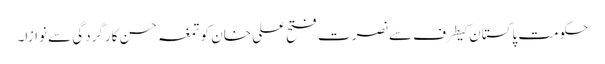
حکومت پاکستان کیطرف سے نصرت فتح علی خان کو تمغہ حسن کارگردگی سے نوازا۔